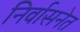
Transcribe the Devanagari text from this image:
निर्वासनेत